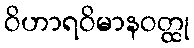
ဝိဟာရဝိမာနဝတ္ထု